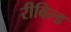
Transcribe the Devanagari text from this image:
रीविल्ड